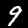
Label: 9